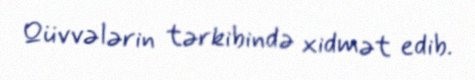
Qüvvələrin tərkibində xidmət edib.